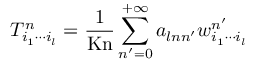
T _ { i _ { 1 } \cdots i _ { l } } ^ { n } = \frac { 1 } { \mathrm { K n } } \sum _ { n ^ { \prime } = 0 } ^ { + \infty } a _ { l n n ^ { \prime } } w _ { i _ { 1 } \cdots i _ { l } } ^ { n ^ { \prime } }